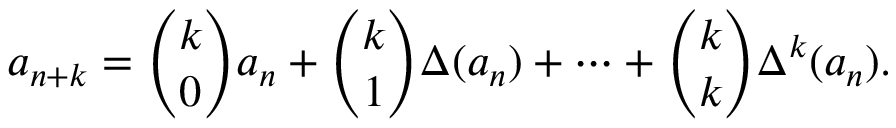
a _ { n + k } = { \binom { k } { 0 } } a _ { n } + { \binom { k } { 1 } } \Delta ( a _ { n } ) + \cdots + { \binom { k } { k } } \Delta ^ { k } ( a _ { n } ) .